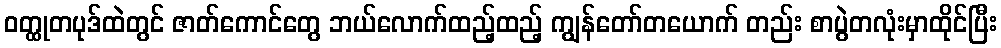
ဝတ္ထုတပုဒ်ထဲတွင် ဇာတ်ကောင်တွေ ဘယ်လောက်ထည့်ထည့် ကျွန်တော်တယောက် တည်း စာပွဲတလုံးမှာထိုင်ပြီး